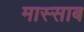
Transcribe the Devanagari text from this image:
मास्साब